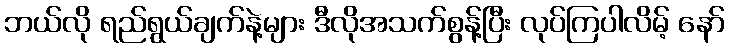
ဘယ်လို ရည်ရွယ်ချက်နဲ့များ ဒီလိုအသက်စွန့်ပြီး လုပ်ကြပါလိမ့် နော်